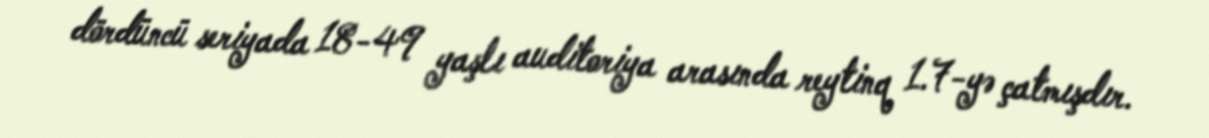
dördüncü seriyada 18-49 yaşlı auditoriya arasında reytinq 1.7-yə çatmışdır.